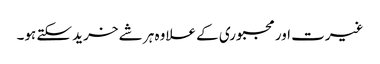
غیرت اور مجبوری کے علاوہ ہر شے خرید سکتے ہو۔